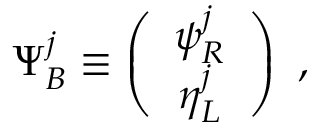
\Psi _ { B } ^ { j } \equiv \left( \begin{array} { c } { { \psi _ { R } ^ { j } } } \\ { { \eta _ { L } ^ { j } } } \end{array} \right) ~ ,